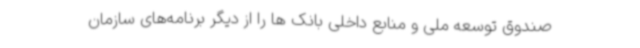
صندوق توسعه ملی و منابع داخلی بانک ها را از دیگر برنامه‌های سازمان